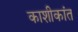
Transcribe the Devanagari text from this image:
काशीकांत